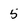
Character: 5